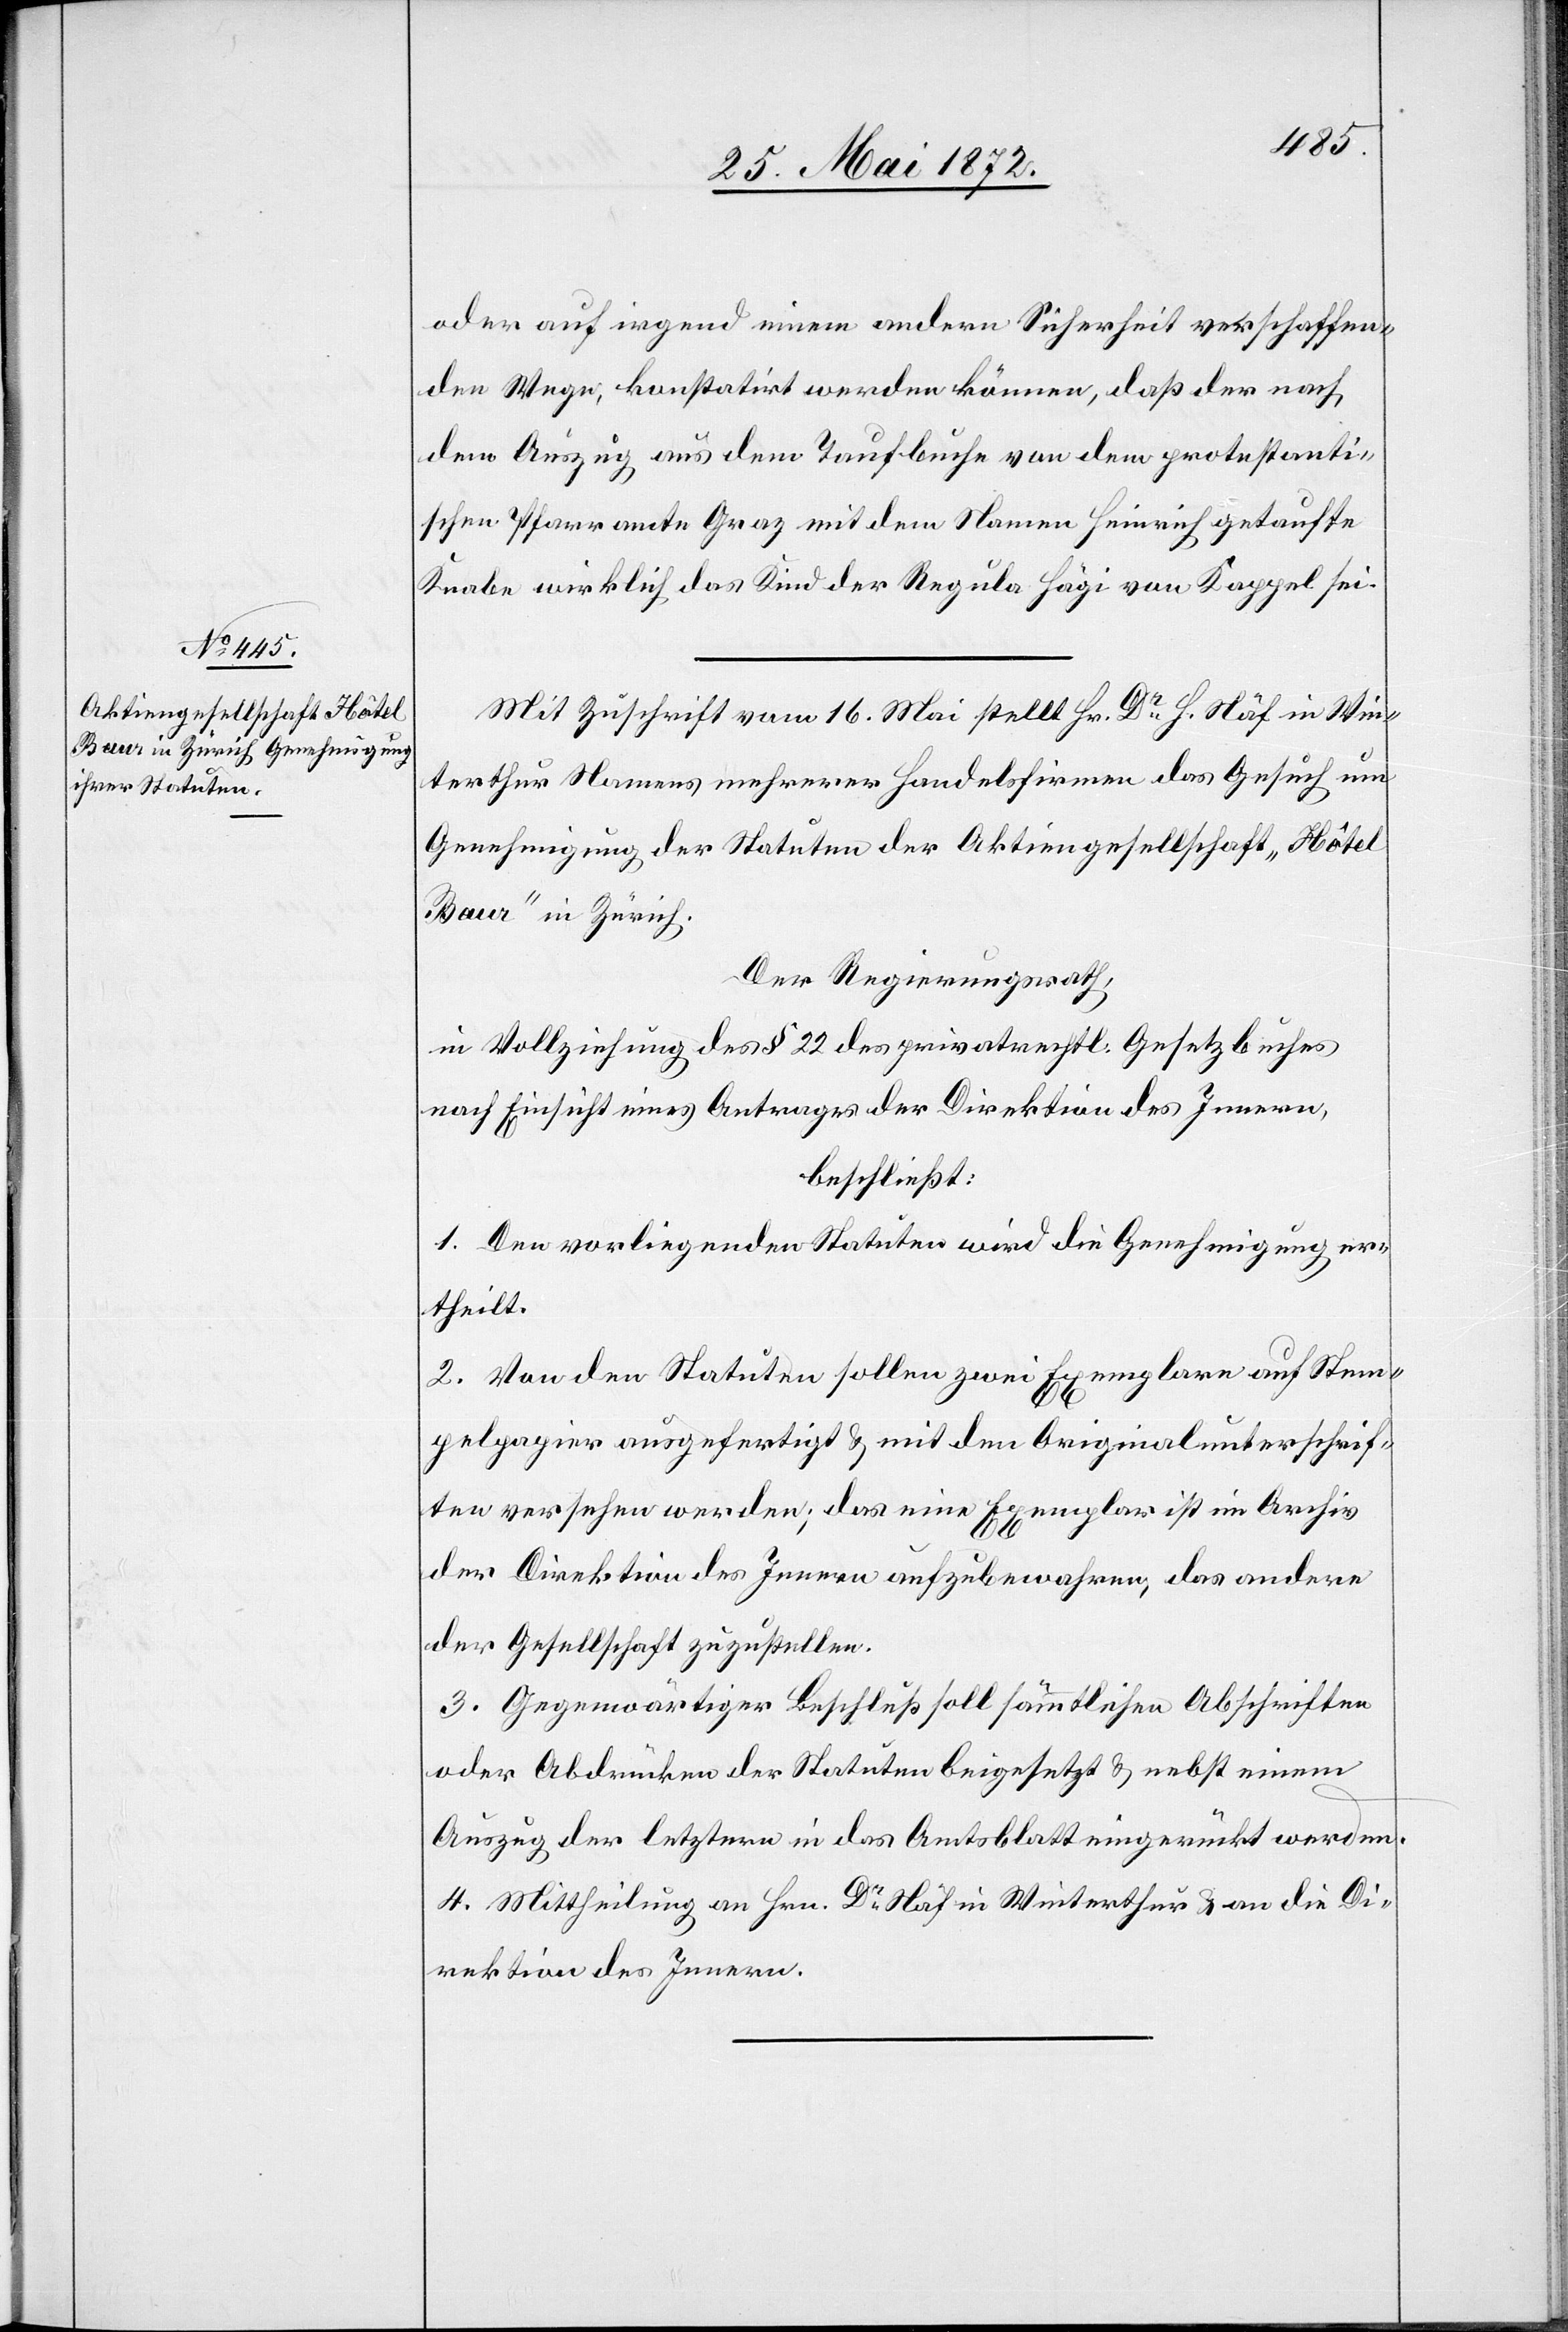
oder auf irgend einem andern Sicherheit verschaffen¬
den Wege, konstatirt werden können, daß der nach
dem Auszug aus dem Taufbuche von dem protestanti¬
schen Pfarramte Graz mit dem Namen Heinrich getaufte
Knabe wirklich das Kind der Regula Hägi von Kappel sei.
Mit Zuschrift vom 16. Mai stellt Hr. Dr H. Näf in Win¬
terthur Namens mehrerer Handelsfirmen das Gesuch um
Genehmigung der Statuten der Aktiengesellschaft „Hôtel
Baur“ in Zürich.
Der Regierungsrath,
in Vollziehung des § 22 des privatrechtl. Gesetzbuches
nach Einsicht eines Antrages der Direktion des Innern,
beschließt:
1. Den vorliegenden Statuten wird die Genehmigung er¬
theilt.
2. Von den Statuten sollen zwei Exemplare auf Stem¬
pelpapier ausgefertigt u. mit den Originalunterschrif¬
ten versehen werden; das eine Exemplar ist im Archiv
der Direktion des Innern aufzubewahren, das andere
der Gesellschaft zuzustellen.
3. Gegenwärtiger Beschluß soll sämmtlichen Abschriften
oder Abdrücken der Statuten beigesetzt u. nebst einem
Auszug der letztern in das Amtsblatt eingerückt werden.
4. Mittheilung an Hrn. Dr Näf in Winterthur u. an die Di¬
rektion des Innern.